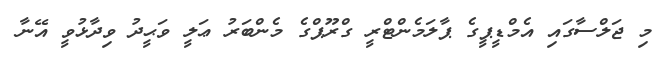
މި ޖަލްސާގައި އެމްޑީޕީގެ ޕާލަމެންޓްރީ ގްރޫޕްގެ މެންބަރު ޢަލީ ވަޙީދު ވިދާޅުވީ އޭނާ